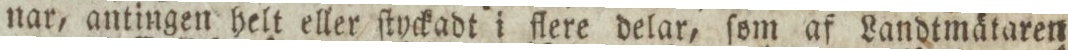
nar, antingen helt eller ſtyckadt i flere delar, ſom af Landtmätaren